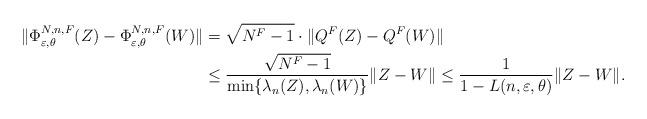
LaTeX: \begin{align*}\|\Phi^{N,n,F}_{\varepsilon,\theta}(Z)-\Phi^{N,n,F}_{\varepsilon,\theta}(W)\|&=\sqrt{N^F-1}\cdot\|Q^F(Z)-Q^F(W)\|\\&\le \frac{\sqrt{N^F-1}}{\min\{\lambda_n(Z), \lambda_n(W)\} }\|Z-W\|\leq \frac{1}{1-L(n,\varepsilon,\theta)} \|Z-W\|.\end{align*}